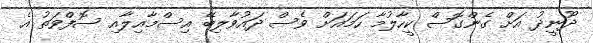
ދޫނީދު އަށް ގެންގޮސް ކީހާލުމާ ހަމައަށް ވެސް ދައުވާލިބޭ އިސްމާއިލާއި ސޮފްވަތު އެ